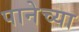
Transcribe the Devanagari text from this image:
पानेच्या